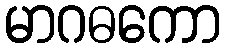
မာဂဓကော